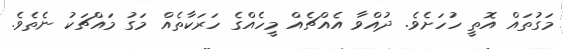
މަގުތައް އޮތީ ހުހަށެވެ. ދުއްވާ އެއްޗެއް މީހެއްގެ ހަރަކާތެއް މަގު މައްޗަކު ނެތެވެ.